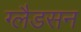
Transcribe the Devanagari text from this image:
ग्लैडसन